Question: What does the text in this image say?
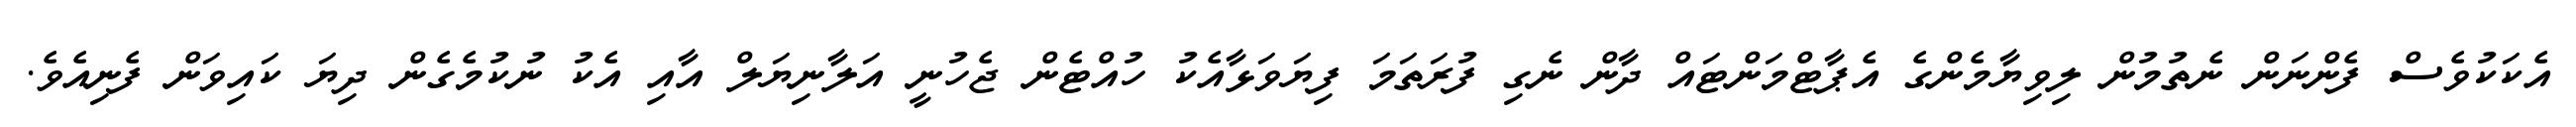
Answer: އެކަކުވެސް ފެންނަން ނެތުމުން ލިވިޔާމެންގެ އެޕާޓްމަންޓައް ދާން ނެގި ފުރަތަމަ ފިޔަވަޅާއެކު ހުއްޓެން ޖެހުނީ އަލާނިޔަލް އާއި އެކު ނުކުމެގެން ދިޔަ ކައިވަން ފެނިއެވެ.